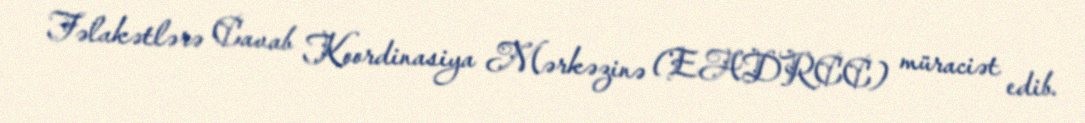
Fəlakətlərə Cavab Koordinasiya Mərkəzinə (EADRCC) müraciət edib.